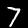
Digit: 7